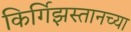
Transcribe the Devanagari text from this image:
किर्गिझस्तानच्या